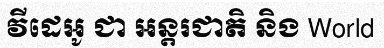
វីដេអូ ជា អន្តរជាតិ និង World